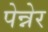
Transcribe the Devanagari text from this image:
पेन्नेर